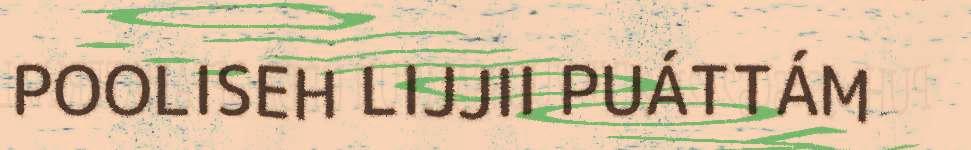
POOLISEH LIJJII PUÁTTÁM